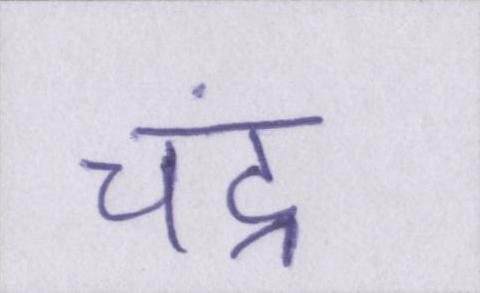
चंद्र